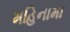
મહિનામા